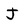
Character: J